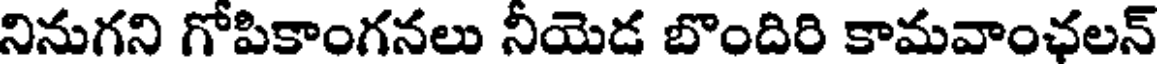
నినుగని గోపికాంగనలు నీయెడ బొందిరి కామవాంఛలన్